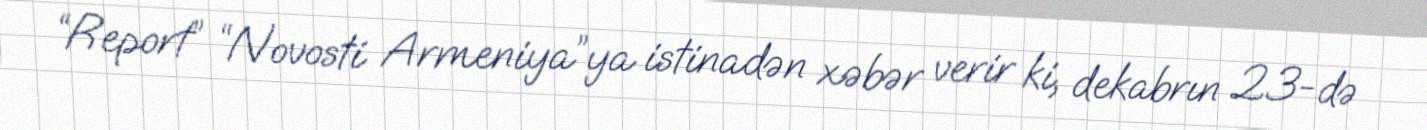
“Report” “Novosti Armeniya”ya istinadən xəbər verir ki, dekabrın 23-də